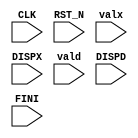
// Copyright 2000--2004 Bluespec, Inc.  All rights reserved.

// 
module DisplayValue(CLK, RST_N, valx, DISPX, vald, DISPD, FINI);
  parameter width = 1;
  input CLK;
  input RST_N;
  input DISPX;
  input DISPD;
  input FINI;
  input [width - 1 : 0] valx;
  input [width - 1 : 0] vald;

  // synopsys translate_off
  always@(posedge CLK) begin
    if (DISPX && RST_N)
      $display("0x%h", valx);
    if (DISPD && RST_N)
      $display("%d", vald);
    if (FINI && RST_N)
      $finish;
  end
  // synopsys translate_on
endmodule